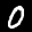
Label: 0